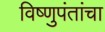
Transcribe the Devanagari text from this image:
विष्णुपंतांचा